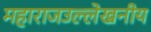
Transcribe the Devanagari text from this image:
महाराजउल्लेखनीय